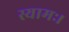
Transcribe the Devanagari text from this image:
स्यामः।